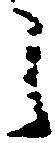
之